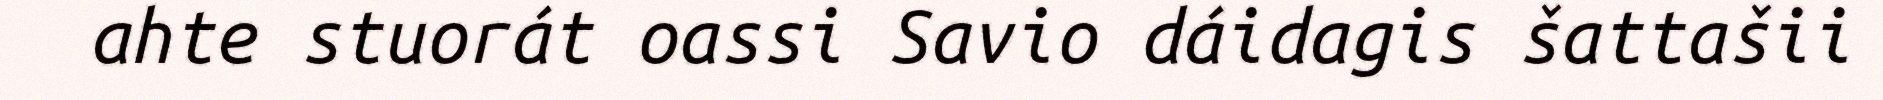
ahte stuorát oassi Savio dáidagis šattašii